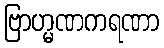
ဗြာဟ္မဏကရဏာ